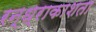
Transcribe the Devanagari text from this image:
रन्ध्राकाशता